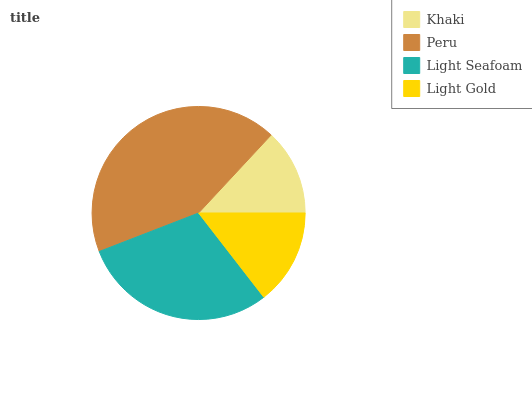
| Khaki | Peru | Light Seafoam | Light Gold |
 | --- | --- | --- | --- |
 | 13.1% | 42.8% | 29.6% | 14.5% |